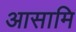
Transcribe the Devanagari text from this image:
आसामि